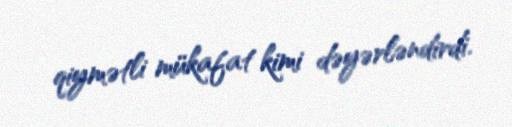
qiymətli mükafat kimi dəyərləndirdi.